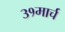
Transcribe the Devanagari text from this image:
३१मार्च